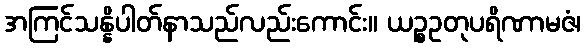
အကြင်သန္နိပါတ်နာသည်လည်းကောင်း။ ယဉ္စဥတုပရိဏာမဇံ၊